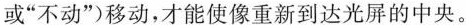
或”不动”)移动，才能使像重新到达光屏的中央。